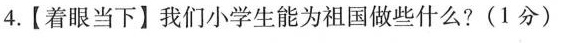
4.【着眼当下】我们小学生能为祖国做些什么?(1分)